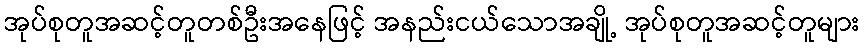
အုပ်စုတူအဆင့်တူတစ်ဦးအနေဖြင့် အနည်းငယ်သောအချို့ အုပ်စုတူအဆင့်တူများ